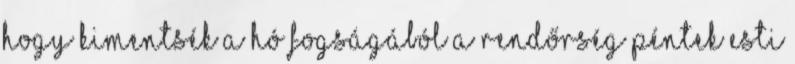
hogy kimentsék a hó fogságából A rendőrség péntek esti